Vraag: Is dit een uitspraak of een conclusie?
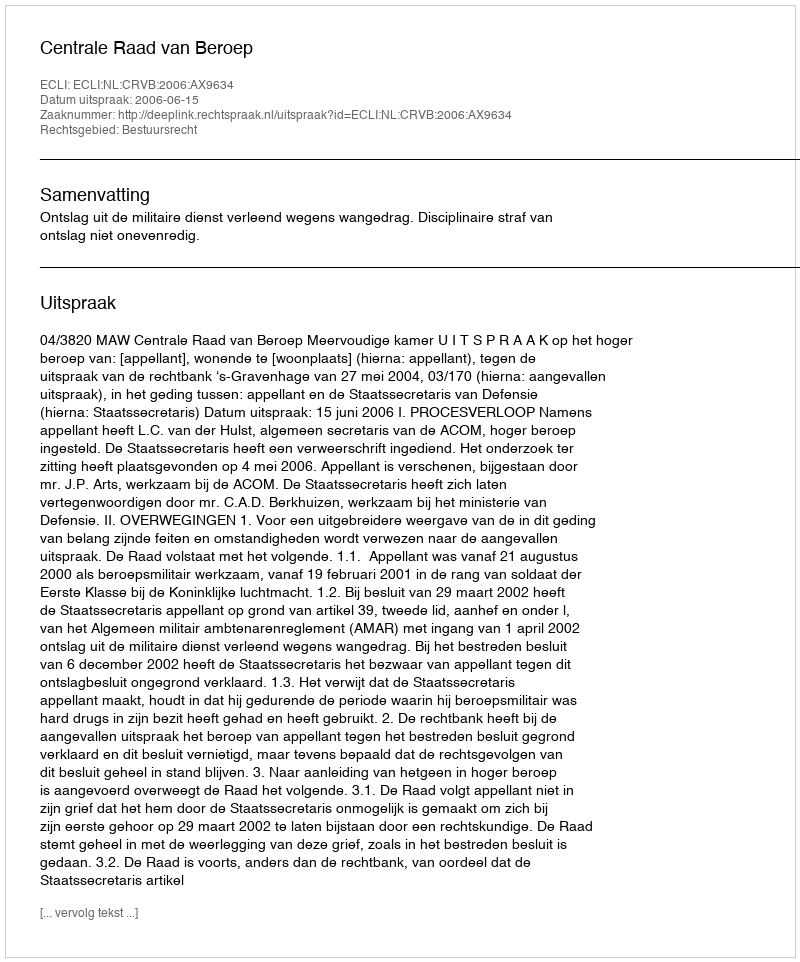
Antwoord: Uitspraak